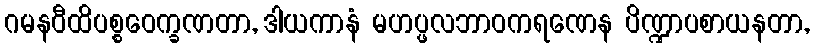
ဂမနဝီထိပစ္စဝေက္ခဏတာ, ဒါယကာနံ မဟပ္ဖလဘာဝကရဏေန ပိဏ္ဍာပစာယနတာ,